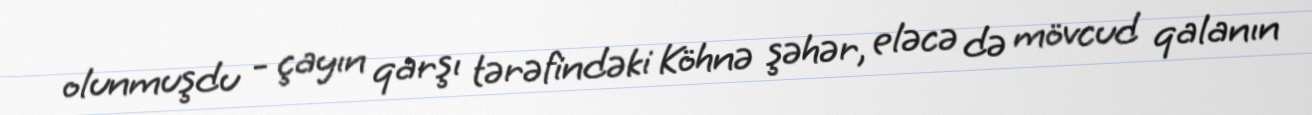
olunmuşdu - çayın qarşı tərəfindəki Köhnə şəhər, eləcə də mövcud qalanın